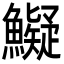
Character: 𩼨